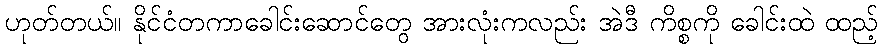
ဟုတ်တယ်။ နိုင်ငံတကာခေါင်းဆောင်တွေ အားလုံးကလည်း အဲဒီ ကိစ္စကို ခေါင်းထဲ ထည့်